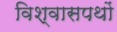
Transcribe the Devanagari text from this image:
विश्वासपथों